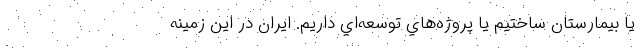
يا بيمارستان ساختيم يا پروژه‌هاي توسعه‌اي داريم. ايران در اين زمينه